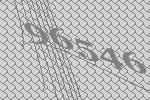
96546